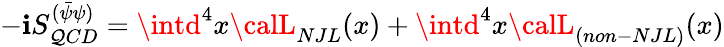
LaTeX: -\mathbf{i}S_{\mathcal{Q}CD}^{(\bar{{\psi}}\psi)}=\intd^{4}x{\calL}_{NJL}(x)+\intd^{4}x{\calL}_{(non-NJL)}(x)